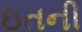
ઇતની